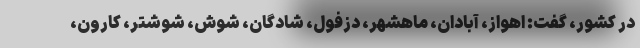
در کشور، گفت: اهواز، آبادان، ماهشهر، دزفول، شادگان، شوش، شوشتر، کارون،